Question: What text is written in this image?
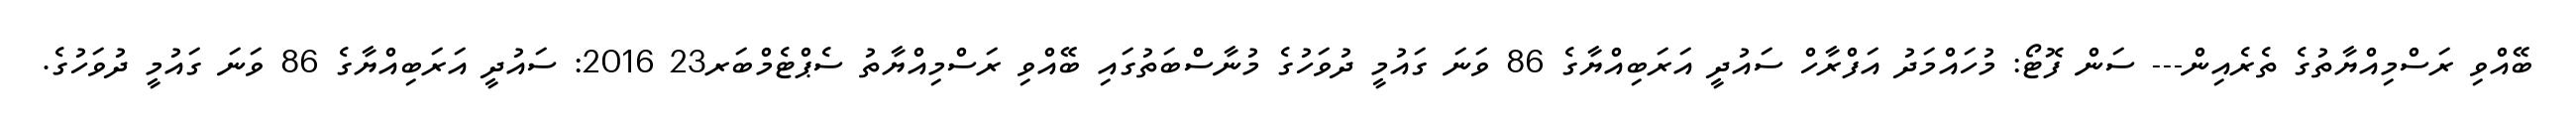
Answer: ބޭއްވި ރަސްމިއްޔާތުގެ ތެރެއިން--- ސަން ފޮޓޯ: މުހައްމަދު އަފްރާހް ސައުދީ އަރަބިއްޔާގެ 86 ވަނަ ގައުމީ ދުވަހުގެ މުނާސްބަތުގައި ބޭއްވި ރަސްމިއްޔާތު ސެޕްޓެމްބަރ23 2016: ސައުދީ އަރަބިއްޔާގެ 86 ވަނަ ގައުމީ ދުވަހުގެ.